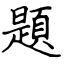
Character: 題